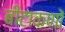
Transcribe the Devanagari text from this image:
बीटाकणों